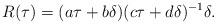
LaTeX: \begin{align*}R(\tau)=(a\tau+b\delta)(c\tau+d\delta)^{-1}\delta. \end{align*}